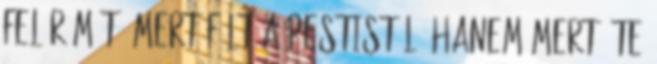
fel Rómát, mert félt a pestistől, hanem mert „te